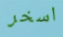
اسخر